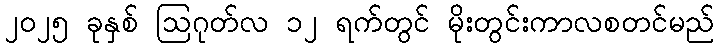
၂၀၂၅ ခုနှစ် ဩဂုတ်လ ၁၂ ရက်တွင် မိုးတွင်းကာလစတင်မည်